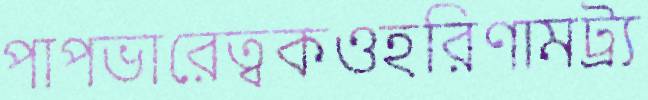
পাপভারেত্বকওহরিণামট্র্য